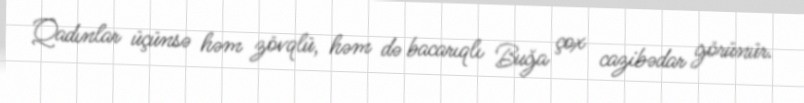
Qadınlar üçünsə həm zövqlü, həm də bacarıqlı Buğa çox cazibədar görünür.